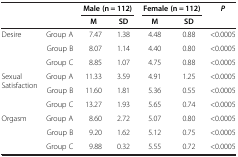
| <COLSPAN=2>  | Male (n = 112) |  | Female (n = 112) |  | P |
 |  |  | M | SD | M | SD |  |
 | --- | --- | --- | --- | --- | --- | --- |
 | Desire | Group A | 7.47 | 1.38 | 4.48 | 0.88 | <0.0005 |
 |  | Group B | 8.07 | 1.14 | 4.40 | 0.80 | <0.0005 |
 |  | Group C | 8.85 | 1.07 | 4.75 | 0.88 | <0.0005 |
 | Sexual Satisfaction | Group A | 11.33 | 3.59 | 4.91 | 1.25 | <0.0005 |
 |  | Group B | 11.60 | 1.81 | 5.36 | 0.55 | <0.0005 |
 |  | Group C | 13.27 | 1.93 | 5.65 | 0.74 | <0.0005 |
 | Orgasm | Group A | 8.60 | 2.72 | 5.07 | 0.80 | <0.0005 |
 |  | Group B | 9.20 | 1.62 | 5.12 | 0.75 | <0.0005 |
 |  | Group C | 9.88 | 0.32 | 5.55 | 0.72 | <0.0005 |